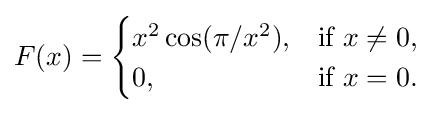
F(x)={\begin{cases}x^{2}\cos(\pi /x^{2}),&{\text{if }}x\neq 0,\\0,&{\text{if }}x=0.\end{cases}}